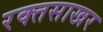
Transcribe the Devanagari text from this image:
रक्तसाखर